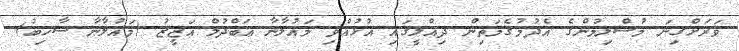
ވަރަށްގިނަ މުސްލިމުންގެ އެދުމުގެމަތިން ދިއްލީގައި އުޅުއްވި މައުލާނާ ޢަބްދުލް އަޒީޒު (މައުލާނާ ސާހިބު)